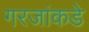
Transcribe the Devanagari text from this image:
गरजांकडे